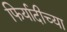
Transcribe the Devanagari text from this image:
फिर्यादीच्या